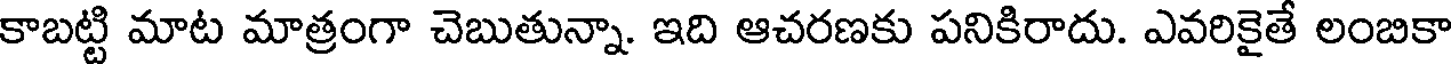
కాబట్టి మాట మాత్రంగా చెబుతున్నా. ఇది ఆచరణకు పనికిరాదు. ఎవరికైతే లంబికా